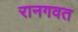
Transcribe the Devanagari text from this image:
रानगवत